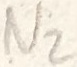
Text: N2